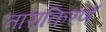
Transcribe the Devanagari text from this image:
ताराकिरणें